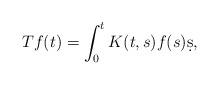
LaTeX: \begin{align*}Tf(t)=\int_0^t K(t,s)f(s)\d s,\end{align*}